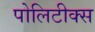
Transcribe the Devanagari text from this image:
पोलिटीक्स